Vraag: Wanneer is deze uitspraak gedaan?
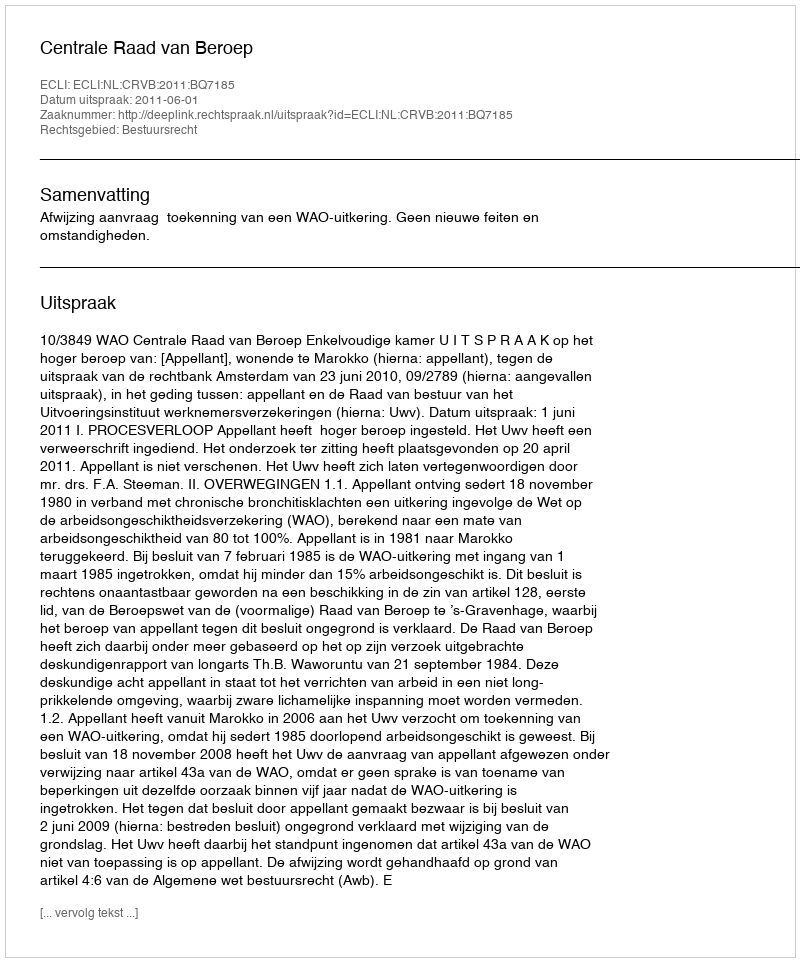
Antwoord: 2011-06-01